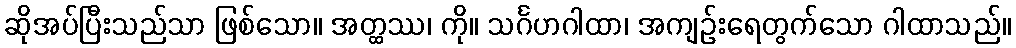
ဆိုအပ်ပြီးသည်သာ ဖြစ်သော။ အတ္ထဿ၊ ကို။ သင်္ဂဟဂါထာ၊ အကျဉ်းရေတွက်သော ဂါထာသည်။